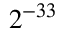
2 ^ { - 3 3 }